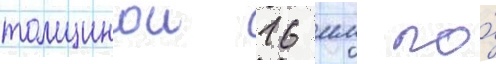
толщинои 16 мм по́